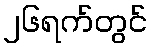
၂၆ရက်တွင်